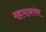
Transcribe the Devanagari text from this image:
महायानपंथ